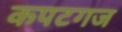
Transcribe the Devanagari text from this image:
कपटगज